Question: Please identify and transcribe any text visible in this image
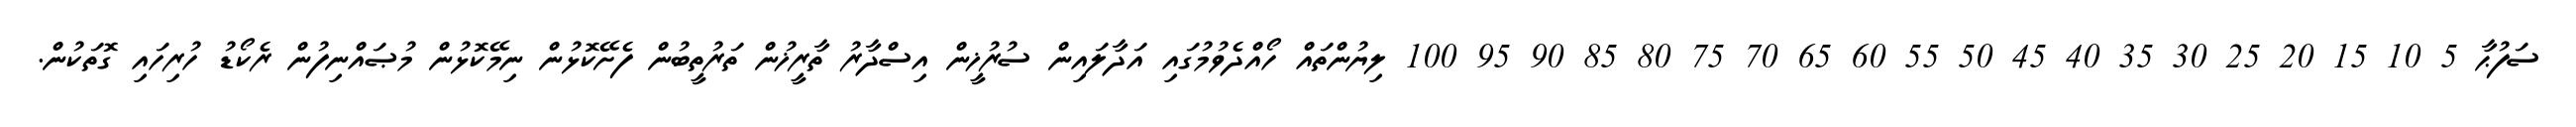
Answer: ސަފުޙާ 5 10 15 20 25 30 35 40 45 50 55 60 65 70 75 80 85 90 95 100 ލިޔުންތައް ހޯއްދެވުމުގައި އަދާލައިން ސުރުޚީން އިސްދާރު ތާރީޚުން ތަރުތީބުން ފެށޭކޮޅުން ނިމޭކޮޅުން މުޞައްނިފުން ރެކޯޑު ހުރިހައި ގޮތަކުން.